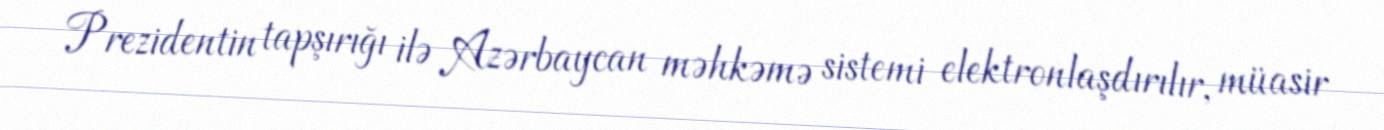
Prezidentin tapşırığı ilə Azərbaycan məhkəmə sistemi elektronlaşdırılır, müasir